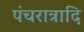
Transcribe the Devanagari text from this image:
पंचरात्रादि